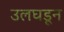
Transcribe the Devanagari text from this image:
उलघडून